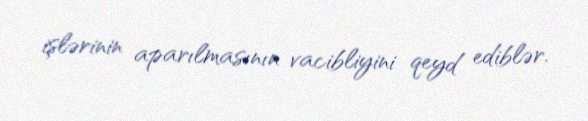
işlərinin aparılmasının vacibliyini qeyd ediblər.